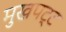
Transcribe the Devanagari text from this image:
मुखपट्ट